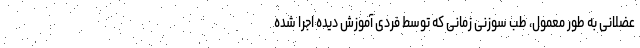
عضلانی به طور معمول، طب سوزنی زمانی که توسط فردی آموزش دیده اجرا شده